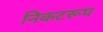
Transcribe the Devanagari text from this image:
निकटरूप